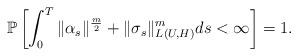
LaTeX: \begin{align*} \mathbb P\left[ \int_0^T \|\alpha_s\|^{\frac m2}+\|\sigma_s \|_{L_{}(U,H)}^m ds < \infty\right]=1.\end{align*}